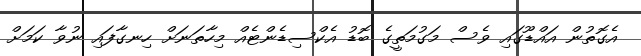
އެގޮތުން އައްޑޫގައި ވެސް މަގުމަތީގެ ބޮޑު އެކްސިޑެންޓެއް މިހާތަނަށް ހިނގާފައި ނުވާ ކަމަށް